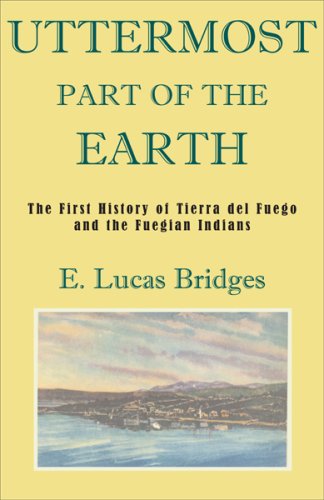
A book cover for Uttermost Part of the Earth; E. Lucas Bridges; History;